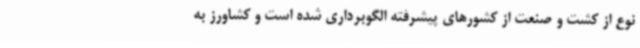
نوع از کشت و صنعت از کشورهای پیشرفته الگوبرداری شده است و کشاورز به